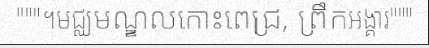
"""។មជ្ឈមណ្ឌលកោះពេជ្រ, ព្រឹកអង្គារ"""